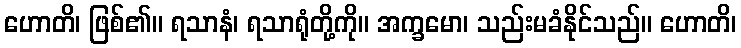
ဟောတိ၊ ဖြစ်၏။ ရသာနံ၊ ရသာရုံတို့ကို။ အက္ခမော၊ သည်းမခံနိုင်သည်။ ဟောတိ၊